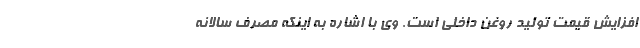
افزایش قیمت تولید روغن داخلی است. وی با اشاره به اینکه مصرف سالانه